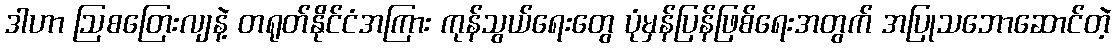
ဒါဟာ ဩစတြေးလျနဲ့ တရုတ်နိုင်ငံအကြား ကုန်သွယ်ရေးတွေ ပုံမှန်ပြန်ဖြစ်ရေးအတွက် အပြုသဘောဆောင်တဲ့